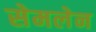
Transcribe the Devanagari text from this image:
सेमलेन